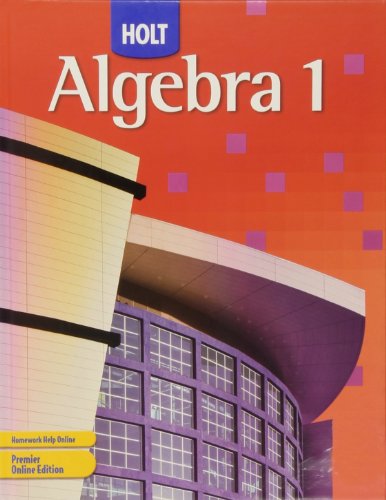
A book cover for Holt Algebra 1: Student Edition 2007; Edward B. Burger; Teen & Young Adult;